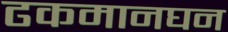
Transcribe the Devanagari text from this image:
ढकमानघन